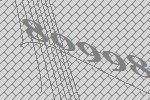
80998